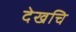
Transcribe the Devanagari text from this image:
देखचि